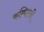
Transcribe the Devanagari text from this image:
कम्पिल्ली